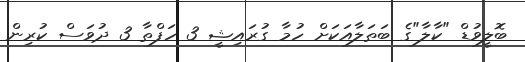
ބޮލީވުޑް "ކާލާ"ގެ ބަޠަލާއަކަށް ހުމާ ގުރައިޝީ 3 ހަފްތާ 3 ދުވަސް ކުރިން